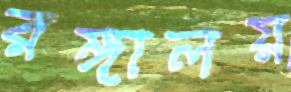
রঙ্গালয়